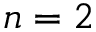
n = 2